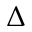
\Delta